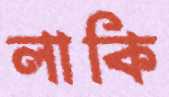
লাকি